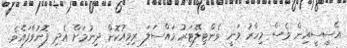
އޭސީސީއިން ވެސް މިހާރު ވަނީ ވެންޓިލޭޓަރު މައްސަލަ ރިވިއުކޮށް ދިނުމަށް އެދި ފޮނުވާފައެވެ.